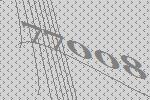
77008